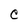
Character: e